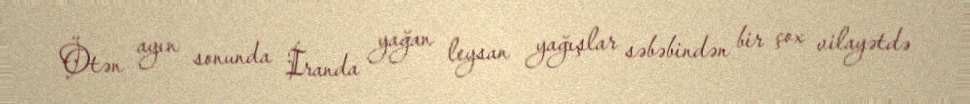
Ötən ayın sonunda İranda yağan leysan yağışlar səbəbindən bir çox vilayətdə